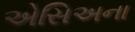
એસિઅના